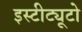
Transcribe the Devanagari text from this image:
इस्टीट्यूटो